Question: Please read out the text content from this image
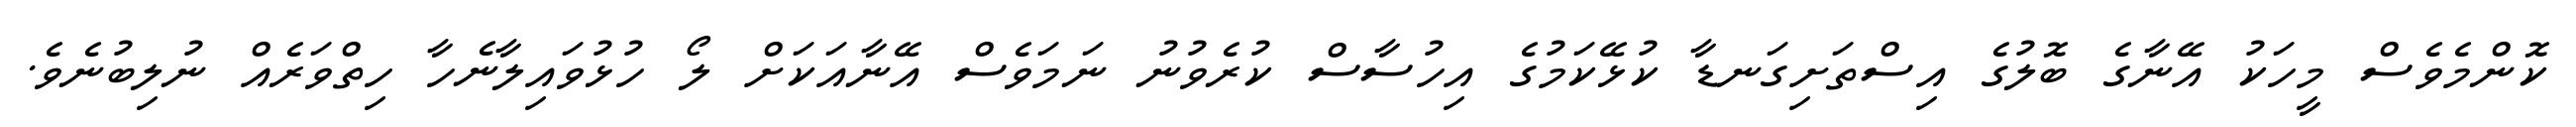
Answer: ކޮންމެވެސް މީހަކު އޭނާގެ ބޮލުގެ އިސްތަށިގަނޑާ ކުޅޭކަމުގެ އިހުސާސް ކުރެވުނު ނަމަވެސް އޭނާއަކަށް ލޯ ހުޅުވައިލާނެހާ ހިތްވަރެއް ނުލިބުނެވެ.